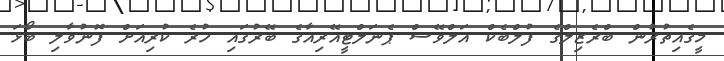
މީގެއިތުރުން ބްރެޒިލްގެ ފުލްބެކް އަލްވޭސް ޕެނަލްޓީއޭރިއާގެ ބޭރުގައި ހުރެ ކުރިއަށް ފޮނުވާލި ބޯޅަ